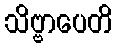
သိဗ္ဗာပေတိ